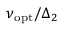
\nu _ { \mathrm { o p t } } / \Delta _ { 2 }